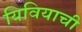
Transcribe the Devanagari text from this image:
यिवियाची